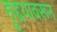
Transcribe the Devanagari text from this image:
हुद्दयावरून